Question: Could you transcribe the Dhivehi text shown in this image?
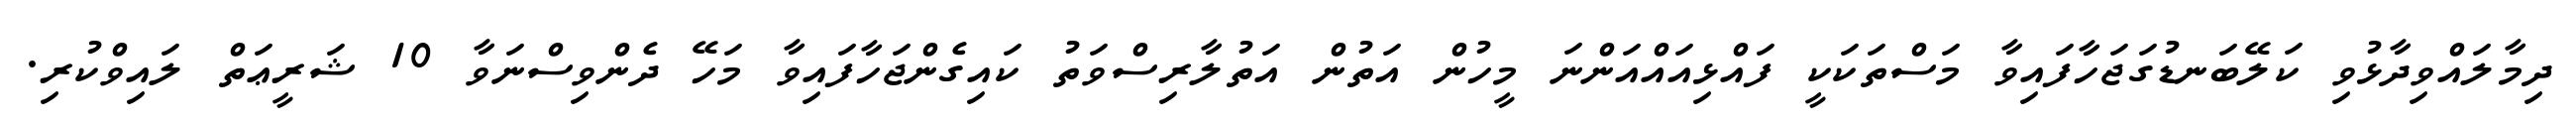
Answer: ދިމާލައްވިދާޅުވި ކަލޭބަނޑުގަޖަހާފައިވާ މަސްތަކަކީ ފައްޅިއައްއަންނަ މީހުން އަތުން އަތުލާރިސްވަތު ކައިގެންޖަހާފައިވާ މަހޭ ދެންވިސްނަވާ 10 ޝަރީޢަތް ލައިވްކުރި.